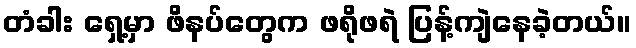
တံခါး ရှေ့မှာ ဖိနပ်တွေက ဖရိုဖရဲ ပြန့်ကျဲနေခဲ့တယ်။